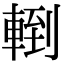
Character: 𨍀